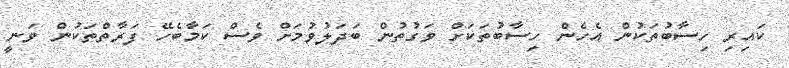
ކައިރި ހިސާބުތަކުން އެހެން ހިސާބުތަކަށް ވަގުތުން ބަދަލުވުމަށް ވެސް ކަމާބެހޭ ފަރާތްތަކުން ވަނީ